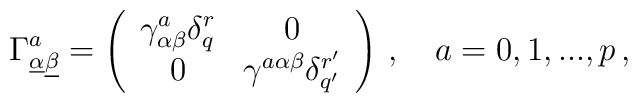
\Gamma^a_{\underline\alpha\underline\beta}=\left(\begin{array}{cc}\gamma^a_{\alpha\beta}\delta_{q}^{r}  &  0\\0  &  \gamma^{a\alpha\beta}\delta_{q'}^{r'}\end{array}\right)\,, \quad a=0,1,...,p\, ,